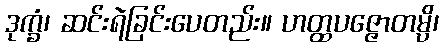
ဒုက္ခံ၊ ဆင်းရဲခြင်းပေတည်း။ ဟတ္ထပဇ္ဇောတမ္ပိ၊